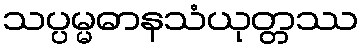
သပ္ပမ္မဓာနသံယုတ္တဿ